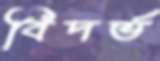
বিদর্ভ